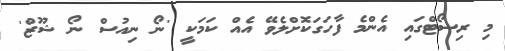
މި ރިސޯޓްގައި އެންމެ ފާހަގަކޮށްލެވޭ އެއް ކަމަކީ 'ނޯ ނިއުސް ނޯ ޝޫޒް'